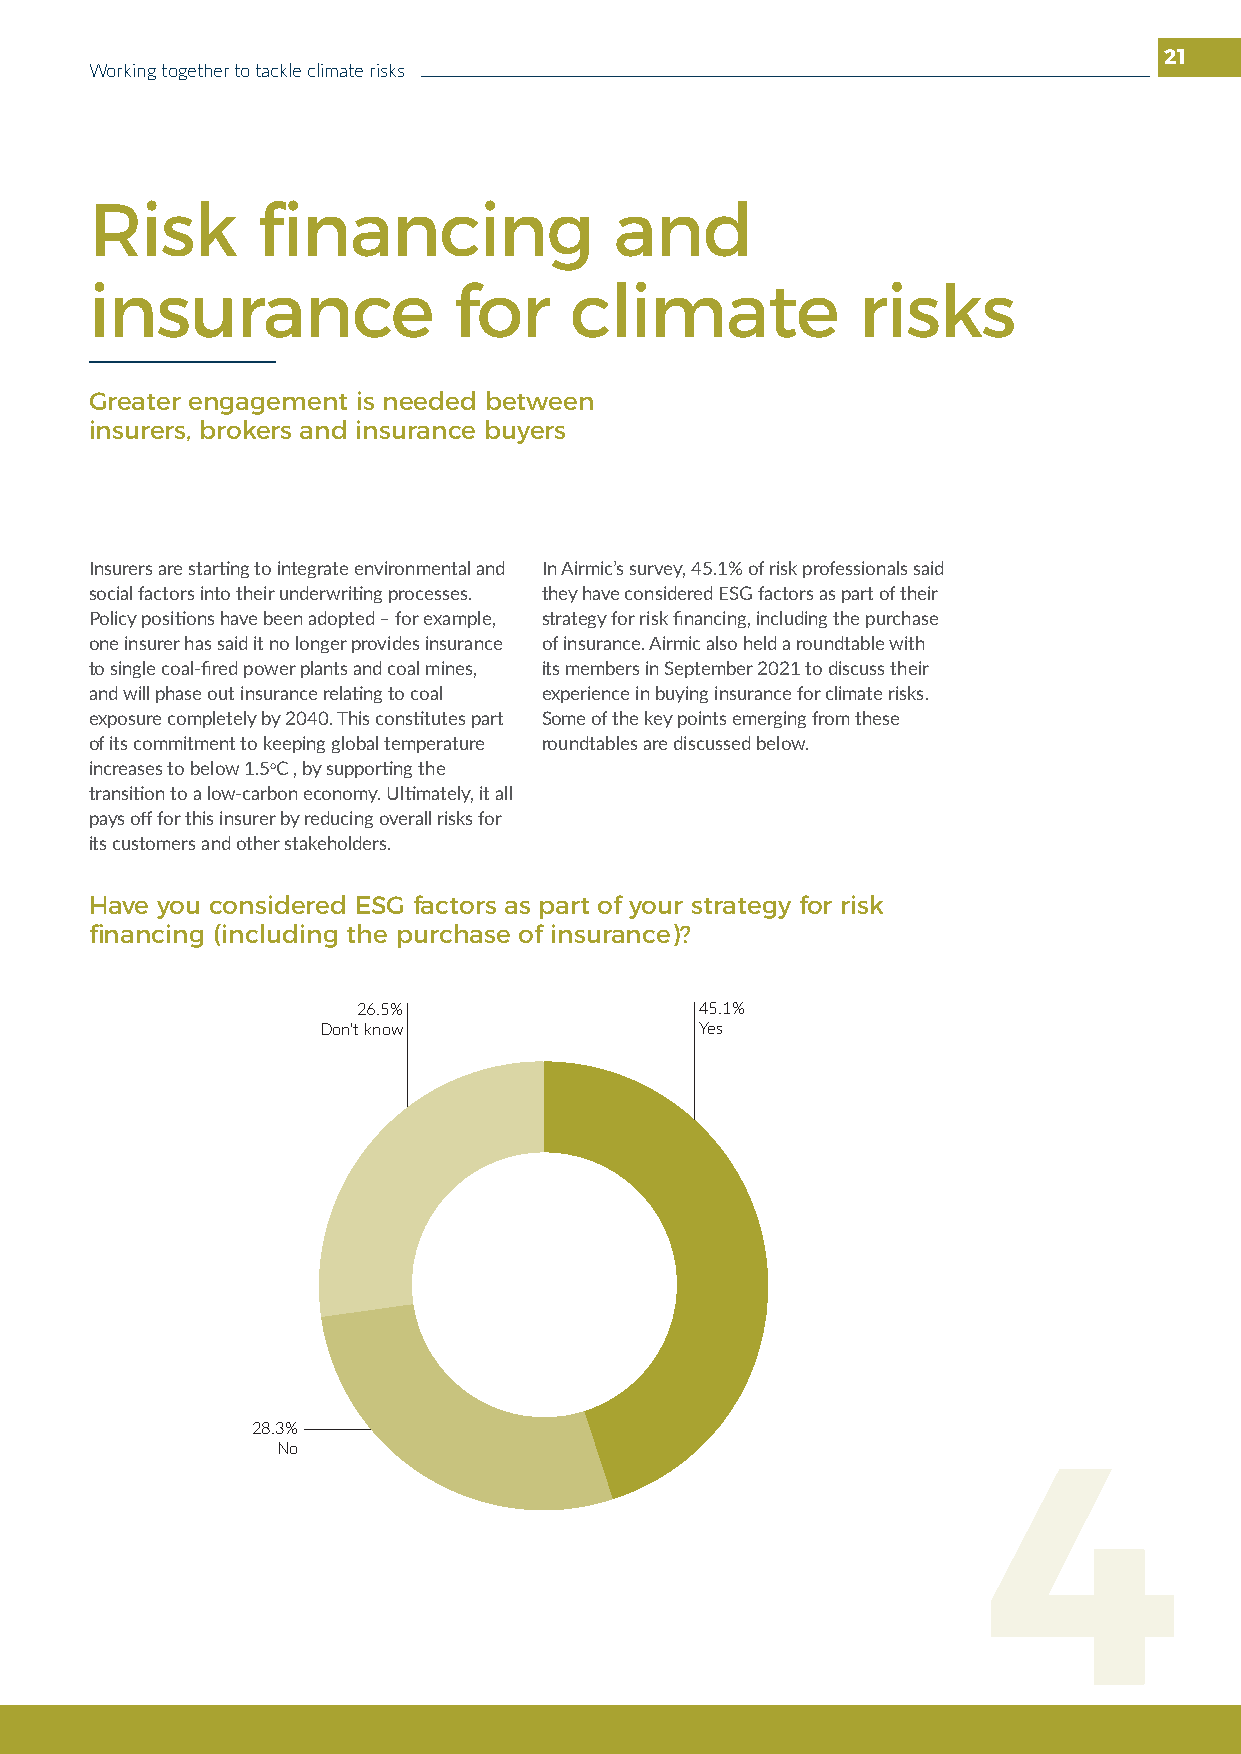
21
 Working together to tackle climate risks
 Risk       financing               and
 insurance               for     climate            risks
 Greater engagement is needed between
 insurers, brokers and insurance buyers
 Insurers are starting to integrate environmental and In Airmic’s survey, 45.1% of risk professionals said
 social factors into their underwriting processes. they have considered ESG factors as part of their
 Policy positions have been adopted – for example, strategy for risk financing, including the purchase
 one insurer has said it no longer provides insurance of insurance. Airmic also held a roundtable with
 to single coal-fired power plants and coal mines, its members in September 2021 to discuss their
 and will phase out insurance relating to coal experience in buying insurance for climate risks.
 exposure completely by 2040. This constitutes part Some of the key points emerging from these
 of its commitment to keeping global temperature roundtables are discussed below.
 increases to below 1.5oC , by supporting the
 transition to a low-carbon economy. Ultimately, it all
 pays off for this insurer by reducing overall risks for
 its customers and other stakeholders.
 Have you considered ESG factors as part of your strategy for risk
 financing (including the purchase of insurance)?
 26.5%                 45.1%
 Don’t know               Yes
 28.3%
 No
 4